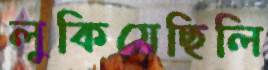
লুকিয়েছিলি